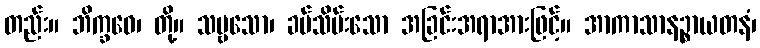
တည်း။ ဘိက္ခဝေ၊ တို့။ သဗ္ဗသော၊ ခပ်သိမ်းသော အခြင်းအရာအားဖြင့်။ အာကာသာနဉ္စာယတနံ၊